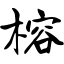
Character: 榕